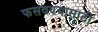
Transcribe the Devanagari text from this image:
फसवण्यासाठी